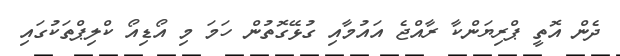
ދެން އޮތީ ޕްރިޔަންކާ ރާއްޖެ އައުމާއި ގުޅޭގޮތުން ހަމަ މި އޯޑިއޯ ކްލިޕްތަކުގައި